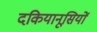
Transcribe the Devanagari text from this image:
दकियानूसियों